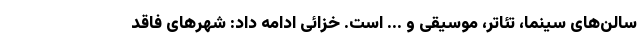
سالن‌های سینما، تئاتر، موسیقی و ... است. خزائی ادامه داد: شهرهای فاقد